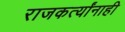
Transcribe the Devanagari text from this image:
राजकर्त्यांनाही